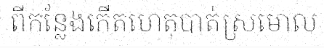
ពីកន្លែងកើតហេតុបាត់ស្រមោល